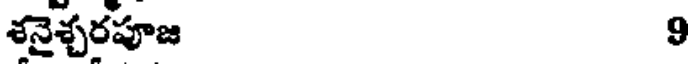
శనైశ్చరపూజ 9